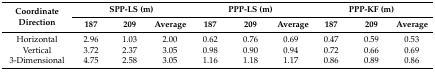
<table><thead><tr><td rowspan="2"><b>Coordinate Direction</b></td><td colspan="3"><b>SPP-LS (m)</b></td><td colspan="3"><b>PPP-LS (m)</b></td><td colspan="3"><b>PPP-KF (m)</b></td></tr><tr><td><b>187</b></td><td><b>209</b></td><td><b>Average</b></td><td><b>187</b></td><td><b>209</b></td><td><b>Average</b></td><td><b>187</b></td><td><b>209</b></td><td><b>Average</b></td></tr></thead><tbody><tr><td>Horizontal</td><td>2.96</td><td>1.03</td><td>2.00</td><td>0.62</td><td>0.76</td><td>0.69</td><td>0.47</td><td>0.59</td><td>0.53</td></tr><tr><td>Vertical</td><td>3.72</td><td>2.37</td><td>3.05</td><td>0.98</td><td>0.90</td><td>0.94</td><td>0.72</td><td>0.66</td><td>0.69</td></tr><tr><td>3-Dimensional</td><td>4.75</td><td>2.58</td><td>3.05</td><td>1.16</td><td>1.18</td><td>1.17</td><td>0.86</td><td>0.89</td><td>0.86</td></tr></tbody></table>